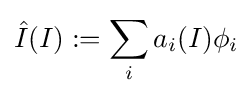
{\hat {I}}(I):=\sum _{i}a_{i}(I)\phi _{i}